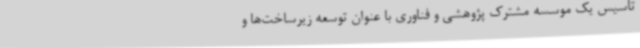
تاسیس یک موسسه مشترک پژوهشی و فناوری با عنوان توسعه زیرساخت‌ها و